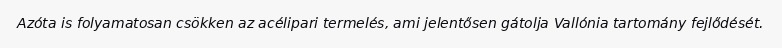
Azóta is folyamatosan csökken az acélipari termelés, ami jelentősen gátolja Vallónia tartomány fejlődését.